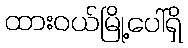
ထားဝယ်မြို့ပေါ်ရှိ